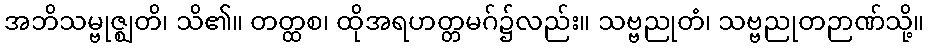
အဘိသမ္ဗုဇ္ဈတိ၊ သိ၏။ တတ္ထစ၊ ထိုအရဟတ္တမဂ်၌လည်း။ သဗ္ဗညုတံ၊ သဗ္ဗညုတဉာဏ်သို့။